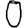
Digit: 0